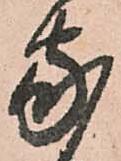
家